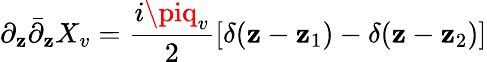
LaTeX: \partial_{\mathbf{z}}{\bar{{\partial}}}_{\mathbf{z}}X_{v}={\frac{{i\piq_{v}}}{{2}}}[\delta(\mathbf{z}-\mathbf{z}_{1})-\delta(\mathbf{z}-\mathbf{z}_{2})]